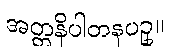
အတ္တနိပါတနပဥှ။